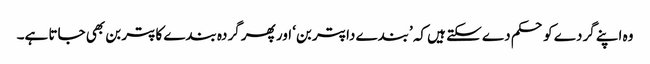
وہ اپنے گردے کو حکم دے سکتے ہیں کہ ’بندے دا پتر بن‘ اور پھر گردہ بندے کا پتر بن بھی جاتا ہے۔